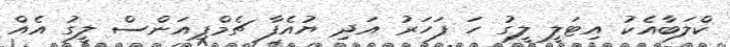
ކްލަބާއެކު އިޓަލީ ލީގު ހަ ފަހަރު އަދި ޔުއެފާ ޗެމްޕިއަންސް ލީގު އެއް